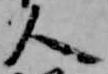
人